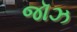
જૉઝ